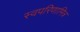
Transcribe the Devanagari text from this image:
स्वपरिणामित्र